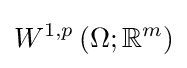
W^{1,p}\left(\Omega ;\mathbb {R} ^{m}\right)